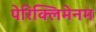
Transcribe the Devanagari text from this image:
पेरिक्लिमेनम